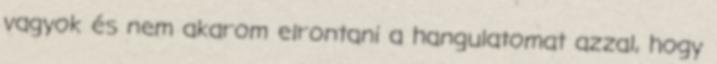
vagyok és nem akarom elrontani a hangulatomat azzal, hogy